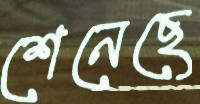
শেনেছে